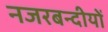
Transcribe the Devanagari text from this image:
नजरबन्दीयों